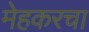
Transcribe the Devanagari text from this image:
मेहकरचा